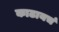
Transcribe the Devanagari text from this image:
काढायचं